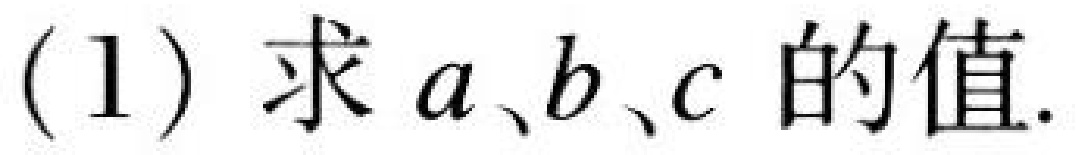
(1) 求\(a、b、c\)的值.